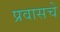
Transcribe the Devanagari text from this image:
प्रवासचे